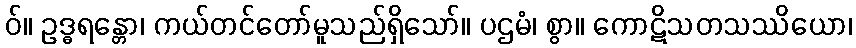
ဝ်။ ဥဒ္ဓရန္တော၊ ကယ်တင်တော်မူသည်ရှိသော်။ ပဌမံ၊ စွာ။ ကောဋိသတသဿိယော၊